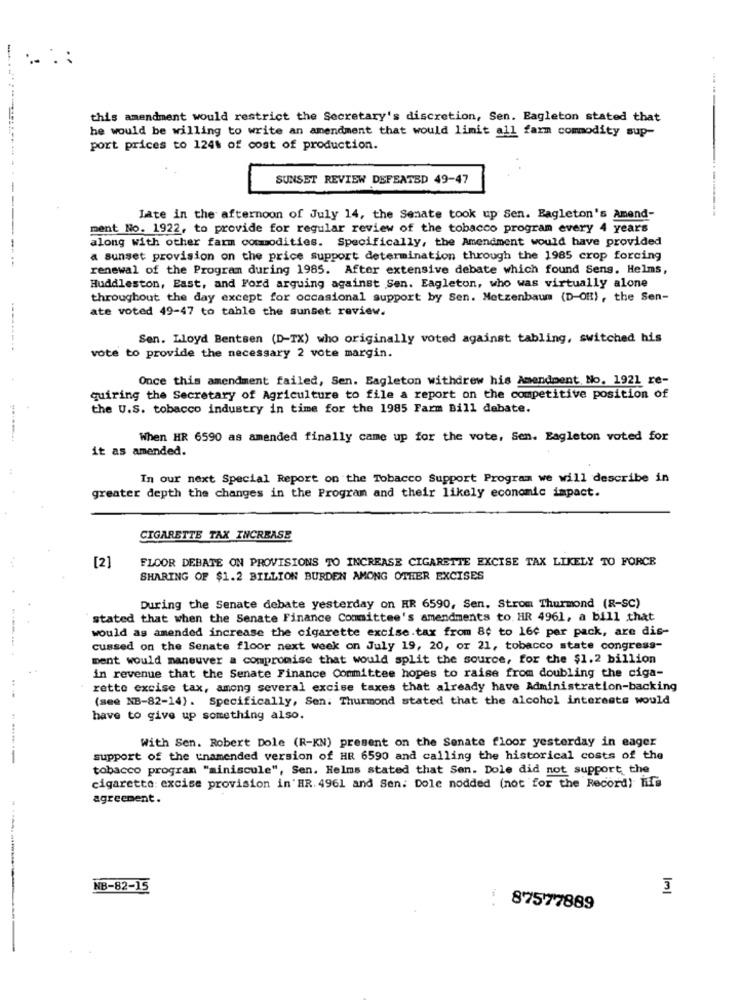
::
this amendment would restrict the Secretary's discretion, Sen. Eagleton stated that
he would be willing to write an amendment that would limit all farm commodity sup-
port prices to 124% of cost of production.
SUNSET REVIEW DEFEATED 49-47
Late in the afternoon of July 14, the Senate took up Sen. Eagleton's Amend-
ment No. 1922, to provide for regular review of the tobacco program every 4 years
along with other farm commodities. Specifically, the Amendment would have provided
a sunset provision on the price support determination through the 1985 crop forcing
renewal of the Program during 1985. After extensive debate which found Sens. Helms,
Huddleston, East, and Ford arguing against Sen. Eagleton, who was virtually alone
throughout the day except for occasional support by Sen. Metzenbaum (D-OH), the Sen-
ate voted 49-47 to table the sunset review.
Sen. Lloyd Bentsen (D-TX) who originally voted against tabling, switched his
vote to provide the necessary 2 vote margin.
Once this amendment failed, Sen. Eagleton withdrew his Amendment No. 1921 re-
quiring the Secretary of Agriculture to file a report on the competitive position of
the U.S. tobacco industry in time for the 1985 Farm Bill debate.
When HR 6590 as amended finally came up for the vote, Sen. Eagleton voted for
it as amended.
In our next Special Report on the Tobacco Support Program we will describe in
greater depth the changes in the Program and their likely economic impact.
CIGARETTE TAX INCREASE
[2]
FLOOR DEBATE ON PROVISIONS TO INCREASE CIGARETTE EXCISE TAX LIKELY TO FORCE
. 4.4
SHARING OF $1.2 BILLION BURDEN AMONG OTHER EXCISES
During the Senate debate yesterday on HR 6590, Sen. Strom Thurmond (R-SC)
stated that when the Senate Finance Committee's amendments to. HR 4961, a bill that
would as amended increase the cigarette excise.tax from 8; to 160 per pack, are dis-
cussed on the Senate floor next week on July 19, 20, or 21, tobacco state congress-
ment would maneuver a compromise that would split the source, for the $1.2 billion
in revenue that the Senate Finance Committee hopes to raise from doubling the ciga-
rette excise tax, among several excise taxes that already have Administration-backing
--
(see NB-82-14). Specifically, Sen. Thurmond stated that the alcohol interests would
have to give up something also.
With Sen. Robert Dole (R-KN) present on the Senate floor yesterday in eager
-----
support of the tnamended version of HR 6590 and calling the historical costs of the
tobacco program "miniscule", Sen. Helms stated that Sen. Dole did not support the
cigarette: excise provision in HR. 4961 and Sen: Dole nodded (not for the Record) if's
agreement.
NB-82-15
87577889